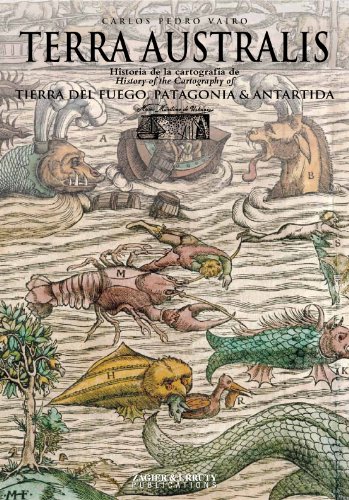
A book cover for Terra Australis - History of the Cartography of Tierra del Fuego, Patagonia & Antarctica; Carlos Pedro Vairo; Travel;